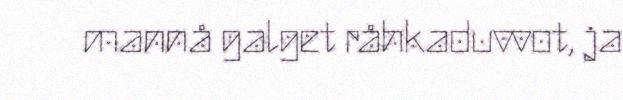
mannå galget råhkaduvvot, ja